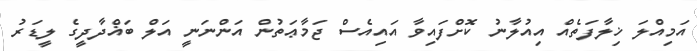
އަމިއްލަ ޚިލާފަތެއް އިއުލާނު ކޮށްފައިވާ އައިއެސް ޖަމާޢަތުން އަންނަނީ އަލް ބަޣްދާދީގެ ލީޑަރު